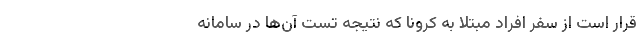
قرار است از سفر افراد مبتلا به کرونا که نتیجه تست آن‌ها در سامانه